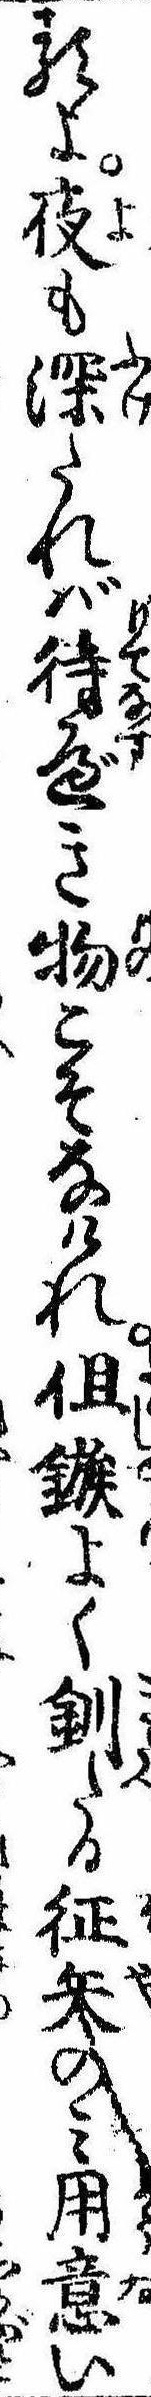
るよ夜も深たれば待べき物こそなけれ但鏃よく釧たる征矢のみ用意い